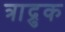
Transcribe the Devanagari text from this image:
त्राद्रुक